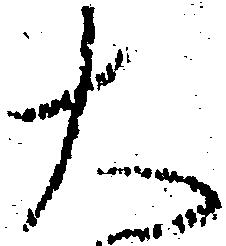
大